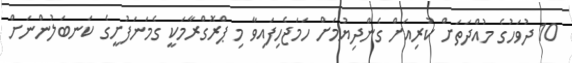
10 ދުވަހުގެ މުއްދަތަށް ކުރިއަށް ގެންދިޔުމަށް ހަމަޖެހިފައިވާ މި ޕްރޮގްރާމަކީ ގެމަނަފުށީގެ ކަނބަލުންނަށް